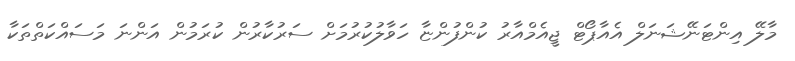
މާލޭ އިންޓަނޭޝަނަލް އެއާޕޯޓް ޖީއެމްއާރު ކުންފުންޏާ ހަވާލުކުރުމަށް ސަރުކާރުން ކުރަމުން އަންނަ މަސައްކަތްތަކާ